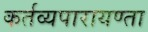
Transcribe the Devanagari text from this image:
कर्तव्यपारायण्ता